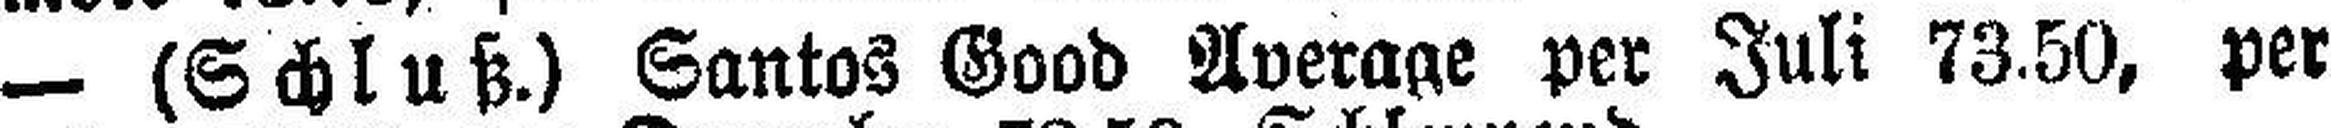
— (Schluß.) Santos Good Average per Juli 73.50, per